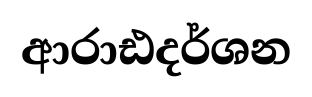
ආරාඪදර්ශන